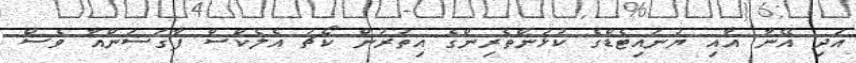
އަދި އޭނާ އާއި ޔުނައިޓެޑްގެ ކުޅުންތެރިންގެ އިތުރުން ކޯޗު އެލެކްސް ފާގަސަންއާ ވެސް